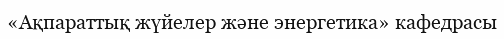
«Ақпараттық жүйелер және энергетика» кафедрасы